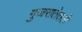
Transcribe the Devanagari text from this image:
गुजरातेतले